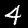
Label: 4